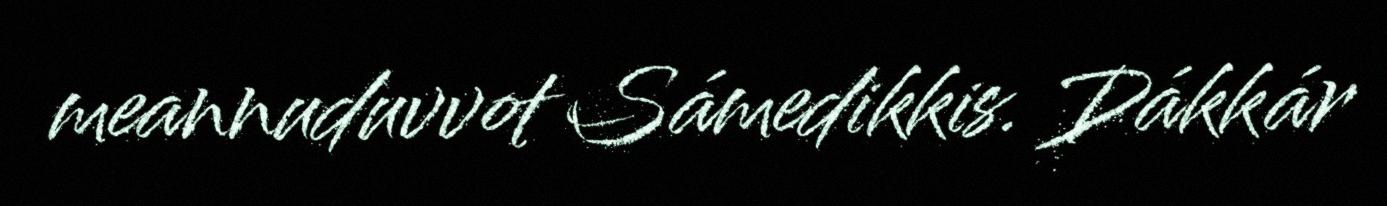
meannuduvvot Sámedikkis. Dákkár